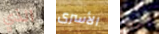
الذي الأسرى الذي